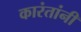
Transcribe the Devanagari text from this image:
कारंतांनी